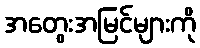
အတွေးအမြင်များကို